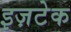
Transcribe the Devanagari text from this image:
इज़टेक